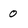
Character: 0